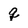
Character: q